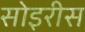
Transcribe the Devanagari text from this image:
सोइरीस